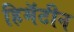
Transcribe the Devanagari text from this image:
हिमॅटीन